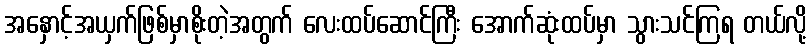
အနှောင့်အယှက်ဖြစ်မှာစိုးတဲ့အတွက် လေးထပ်ဆောင်ကြီး အောက်ဆုံးထပ်မှာ သွားသင်ကြရ တယ်လို့